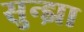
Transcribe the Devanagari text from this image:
सुन्झा